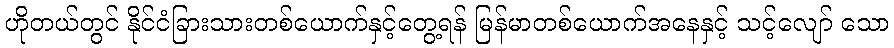
ဟိုတယ်တွင် နိုင်ငံခြားသားတစ်ယောက်နှင့်တွေ့ရန် မြန်မာတစ်ယောက်အနေနှင့် သင့်လျော် သော